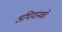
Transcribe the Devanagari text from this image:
अभियानको